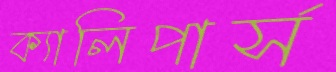
ক্যালিপার্স